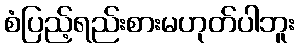
စံပြည့်ရည်းစားမဟုတ်ပါဘူး